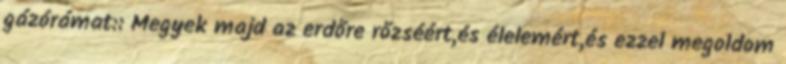
gázórámat:: Megyek majd az erdőre rőzséért,és élelemért,és ezzel megoldom